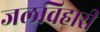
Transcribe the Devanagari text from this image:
जलविहारी